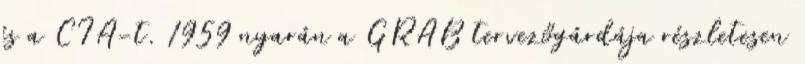
és a CIA-t. 1959 nyarán a GRAB tervezőgárdája részletesen